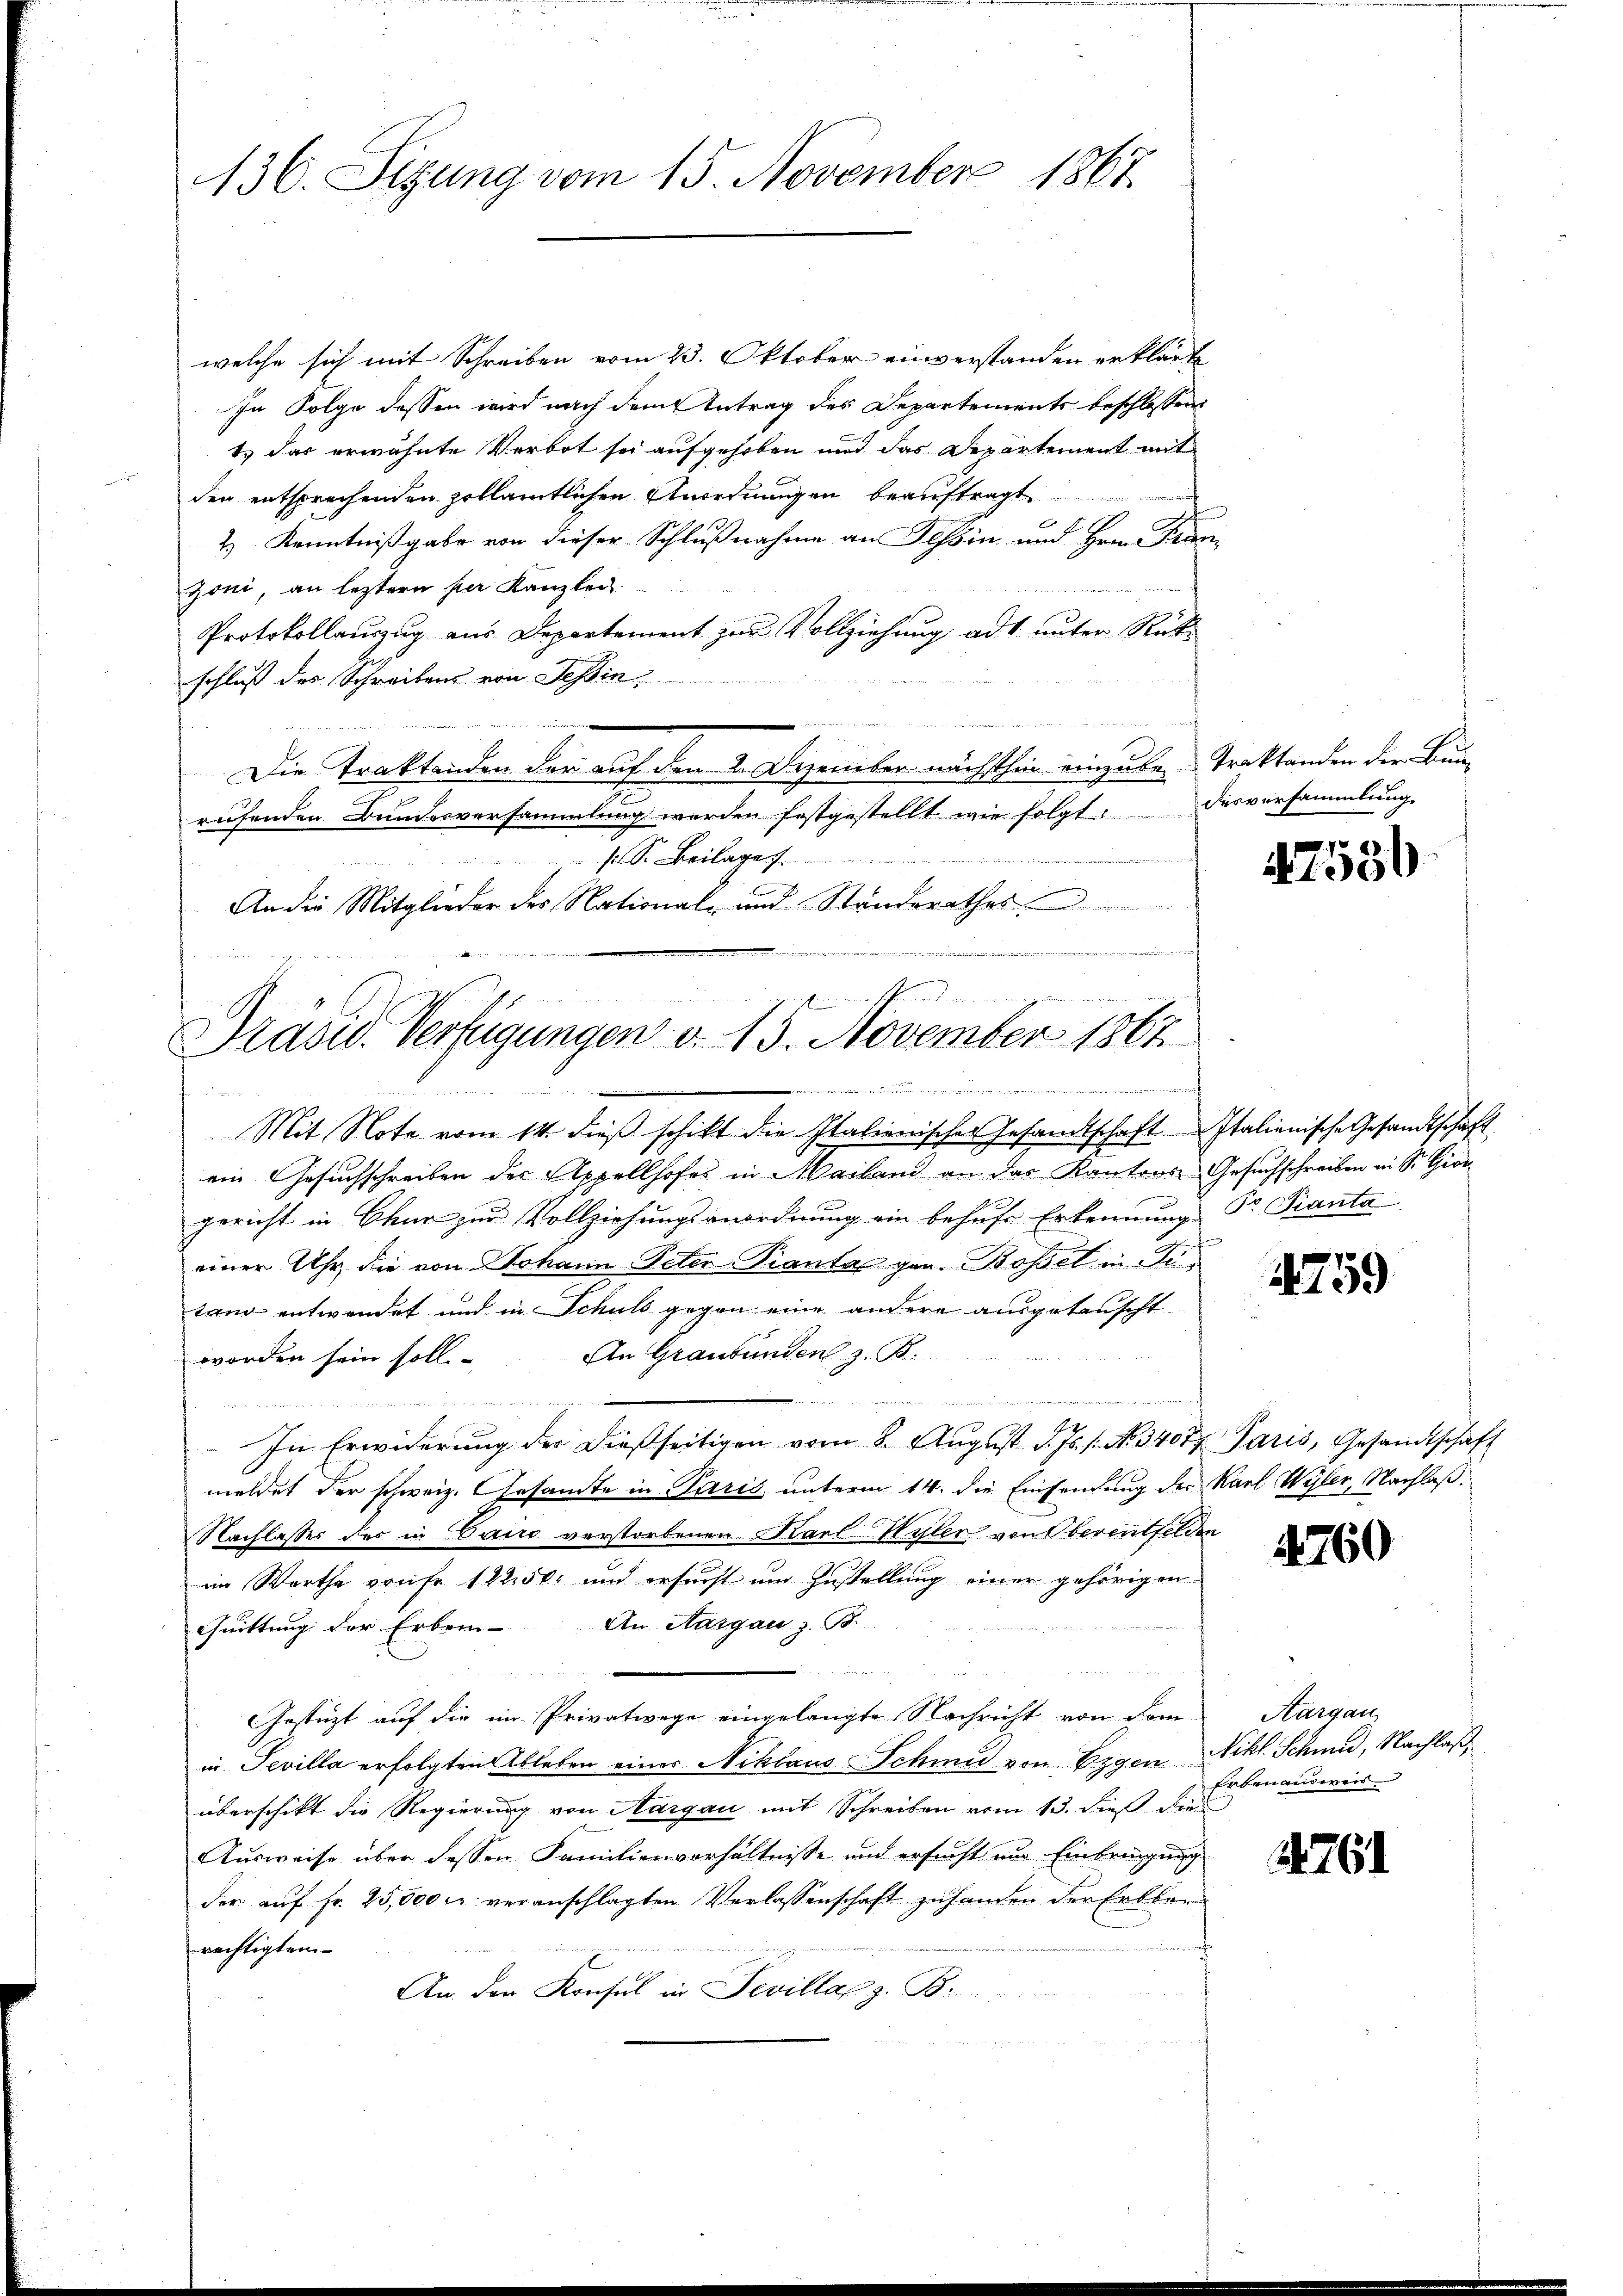
136. Sizung vom 15. November 1867

welche sich mit Schreiben vom 23. Oktober einverstanden erklärte
In Folge dessen wird nach dem Antrag des Departements beschlossen:
1. das erwähnte Verbot sei aufgehoben und das Departement mit
den entsprechenden zollämtlichen Anordnungen beauftragt
2.) Kenntnißgabe von dieser Schlußnahme an Tessin und Hrrn. Kanzoni, an leztern per Kanzlei
Protokollauszug aus Departement zur Vollziehung ad 1. unter Rück-
schluß des Schreibens von Teßin,

Die Traktanden der auf den 2. Dezember nächsthin einzuber Traktanden der Bunrufenden Bundesversammlung werden festgestellt wie folgtendesversammlung
si Sr. Beilage
u
An die Mitglieder des National- und Standerathes
..........

u
1
Präsid. Verfügungen v. 15. November 1861

i
.
fe un

Mit Note vom 14. dieß schikt die Italienischer Gesandtschaft Italienische Gesandtschaft
ein Gesuchschreiben der Appellhofes in Mailand an das Kantons Gesuchschreiben in Sr. Gior
gericht in Chur zur Vollziehungsanordnung ein behufe Erkennung Dr. Pianta
einer Uhr die von Johann Peter Prantal gen. Bossel in Titand entwendet und in Schuld gegen eine andere ausgetauscht
An Graubünden z. B.
worden sein soll.
n
und
In Erwiderung der dießseitigen vom 8. Aŭgust d. Js. s. No. 34077 Paris, Gesandtschaft
meldet der schweiz. Gesandte in Paris unterm 14. die Einsendung der Karl Wyler, Nachlaß¬
Nachlasser des in Sairo verstorbenen Karl Myler von Oberentfelden
im Worthe von Fr. 12250 und ersucht um Zustellung einer gehörigen
Quittung der Erben. An Aargau. z. B.
Gestüzt auf die im Privatwege eingelangte Nachricht von Dom-
in Tevilla erfolgten Ableben einer Niklaus Schmid von Eigen Nikl. Schmid, Nachlaß
überschikt die Regierung von Aargau mit Schreiben vom 13. dieß die
Ausweise über dessen Familienverhältnisse und ersucht und Einbringung
der auf Fr. 25,000 rl. veranschlagten Verlassenschaft zuhanden der Erbber
rechtigten.
An den Konsul in Sevillar z. B.

17536

759

760

Aargau
Erben ausweis

14761